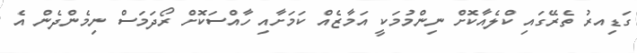
ގަޑިއރު ތެރޭގައި ކްލެއާކޮށް ނިންމުމަކީ އަމާޒެއް ކަމަށާއި ހާއްސަކޮށް ރޯދަމަސް ނިމެންދެން އެ